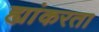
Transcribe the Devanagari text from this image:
ह्यांकरता